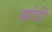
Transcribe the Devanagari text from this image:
ब्रांदी